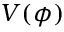
V ( \phi )